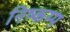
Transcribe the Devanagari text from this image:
निष्कम्प